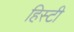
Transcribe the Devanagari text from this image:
हिस्टी